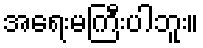
အရေးမကြီးပါဘူး။